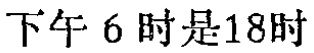
下午 6 时是18时